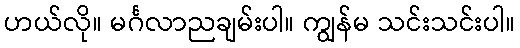
ဟယ်လို။ မင်္ဂလာညချမ်းပါ။ ကျွန်မ သင်းသင်းပါ။